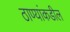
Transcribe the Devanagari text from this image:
ठाण्यांकडील